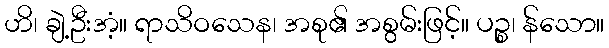
ဟိ၊ ချဲ့ဦးအံ့။ ရာသိဝသေန၊ အစု၏ အစွမ်းဖြင့်။ ပဉ္စ၊ န်သော။